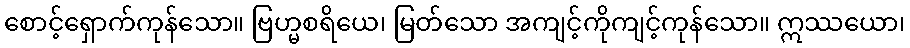
စောင့်ရှောက်ကုန်သော။ ဗြဟ္မစရိယေ၊ မြတ်သော အကျင့်ကိုကျင့်ကုန်သော။ ဣဿယော၊